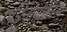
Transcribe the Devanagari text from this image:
एड्रिनोपोलिस